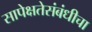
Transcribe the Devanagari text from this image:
सापेक्षतेसंबंधीचा